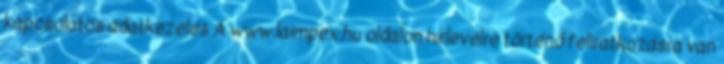
kapcsolatos adatkezelés A www.laimpex.hu oldalon hírlevélre történő feliratkozásra van